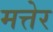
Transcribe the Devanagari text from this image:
मत्तेर